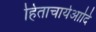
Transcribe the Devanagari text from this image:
हिताचार्यआदि